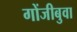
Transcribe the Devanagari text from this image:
गोंजीबुवा